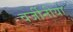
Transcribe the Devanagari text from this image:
वर्जीनीया